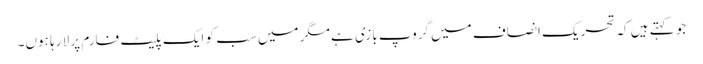
جو کہتے ہیں کہ تحریک انصاف میں گروپ بازی ہے مگر میں سب کو ایک پلیٹ فارم پر لا رہا ہوں۔